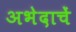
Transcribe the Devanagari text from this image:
अभेदाचें